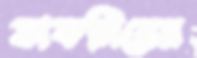
ভাকনিনের